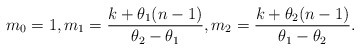
\begin{align*}m_0=1,m_1=\frac{k+\theta_1(n-1)}{\theta_2-\theta_1},m_2=\frac{k+\theta_2(n-1)}{\theta_1-\theta_2}.\end{align*}